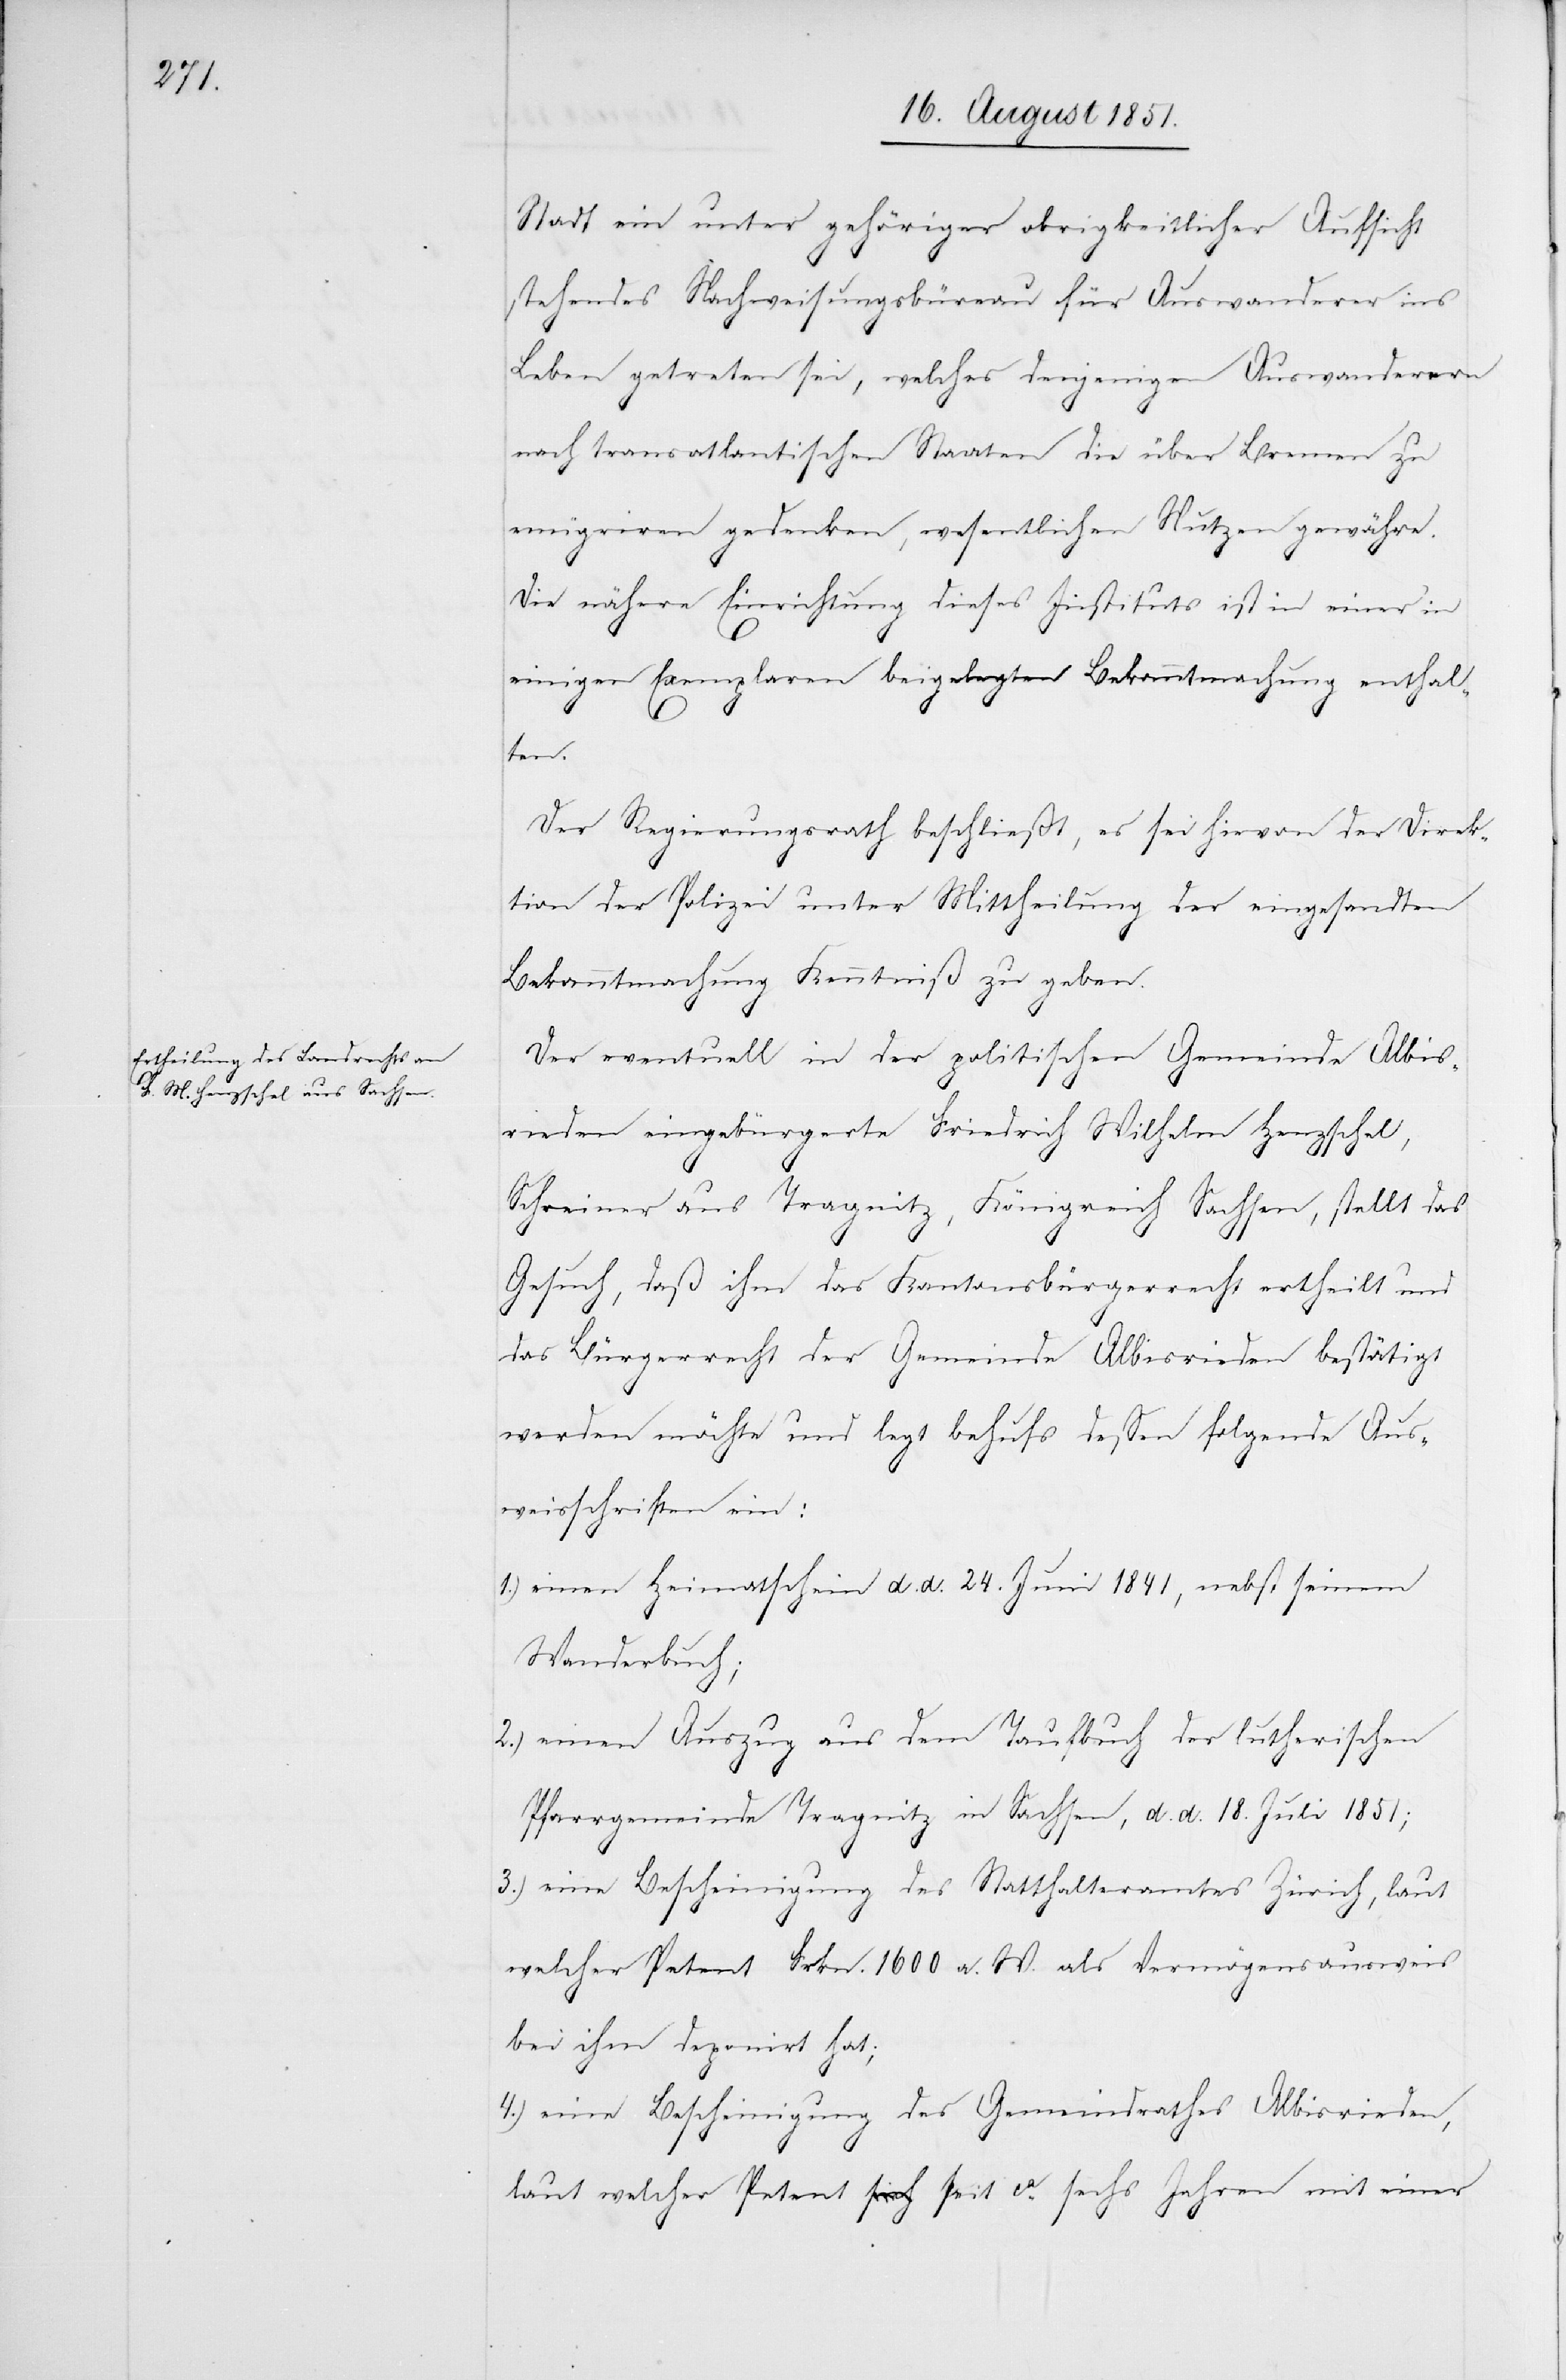
Stadt ein unter gehöriger obrigkeitlicher Aufsicht
stehendes Nachweisungsbüreau für Auswanderer ins
Leben getreten sei, welches denjenigen Auswanderern
nach transatlantischen Staaten die über Bremen zu
emigriren gedenken, wesentlichen Nutzen gewähre.
Die nähere Einrichtung dieses Instituts ist in einer in
einigen Exemplaren beigelegten Bekanntmachung enthal¬
4.)
ten.
Der Regierungsrath beschließt, es sei hievon der Direk¬
tion der Polizei unter Mittheilung der eingesandten
Bekanntmachung Kenntniß zu geben.
Der eventuell in der politischen Gemeinde Albis¬
rieden eingebürgerte Friedrich Wilhelm Henzschel,
Schreiner aus Tragnitz, Königreich Sachsen, stellt das
Gesuch, daß ihm das Kantonsbürgerrecht ertheilt und
das Bürgerrecht der Gemeinde Albisrieden bestätigt
werden möchte und legt behufs dessen folgende Aus¬
weisschriften ein:
einen Heimatschein d. d. 24. Juni 1841, nebst seinem
Wanderbuch;
einen Auszug aus dem Taufbuch der lutherischen
Pfarrgemeinde Tragnitz in Sachsen, d. d. 18. Juli 1851;
eine Bescheinigung des Statthalteramtes Zürich, laut
welcher Petent Frkn. 1600 a. W. als Vermögensausweis
bei ihm deponirt hat;
eine Bescheinigung des Gemeindrathes Albisrieden,
laut welcher Petent seit ca. sechs Jahren mit einer